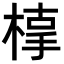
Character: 𣖥